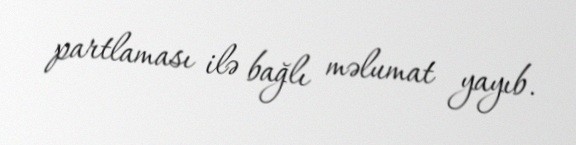
partlaması ilə bağlı məlumat yayıb.